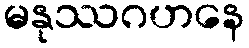
မနုဿဂဟနေ